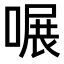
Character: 𠹖